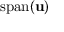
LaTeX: \operatorname { s p a n } ( \mathbf { u } )